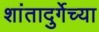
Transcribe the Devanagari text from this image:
शांतादुर्गेच्या